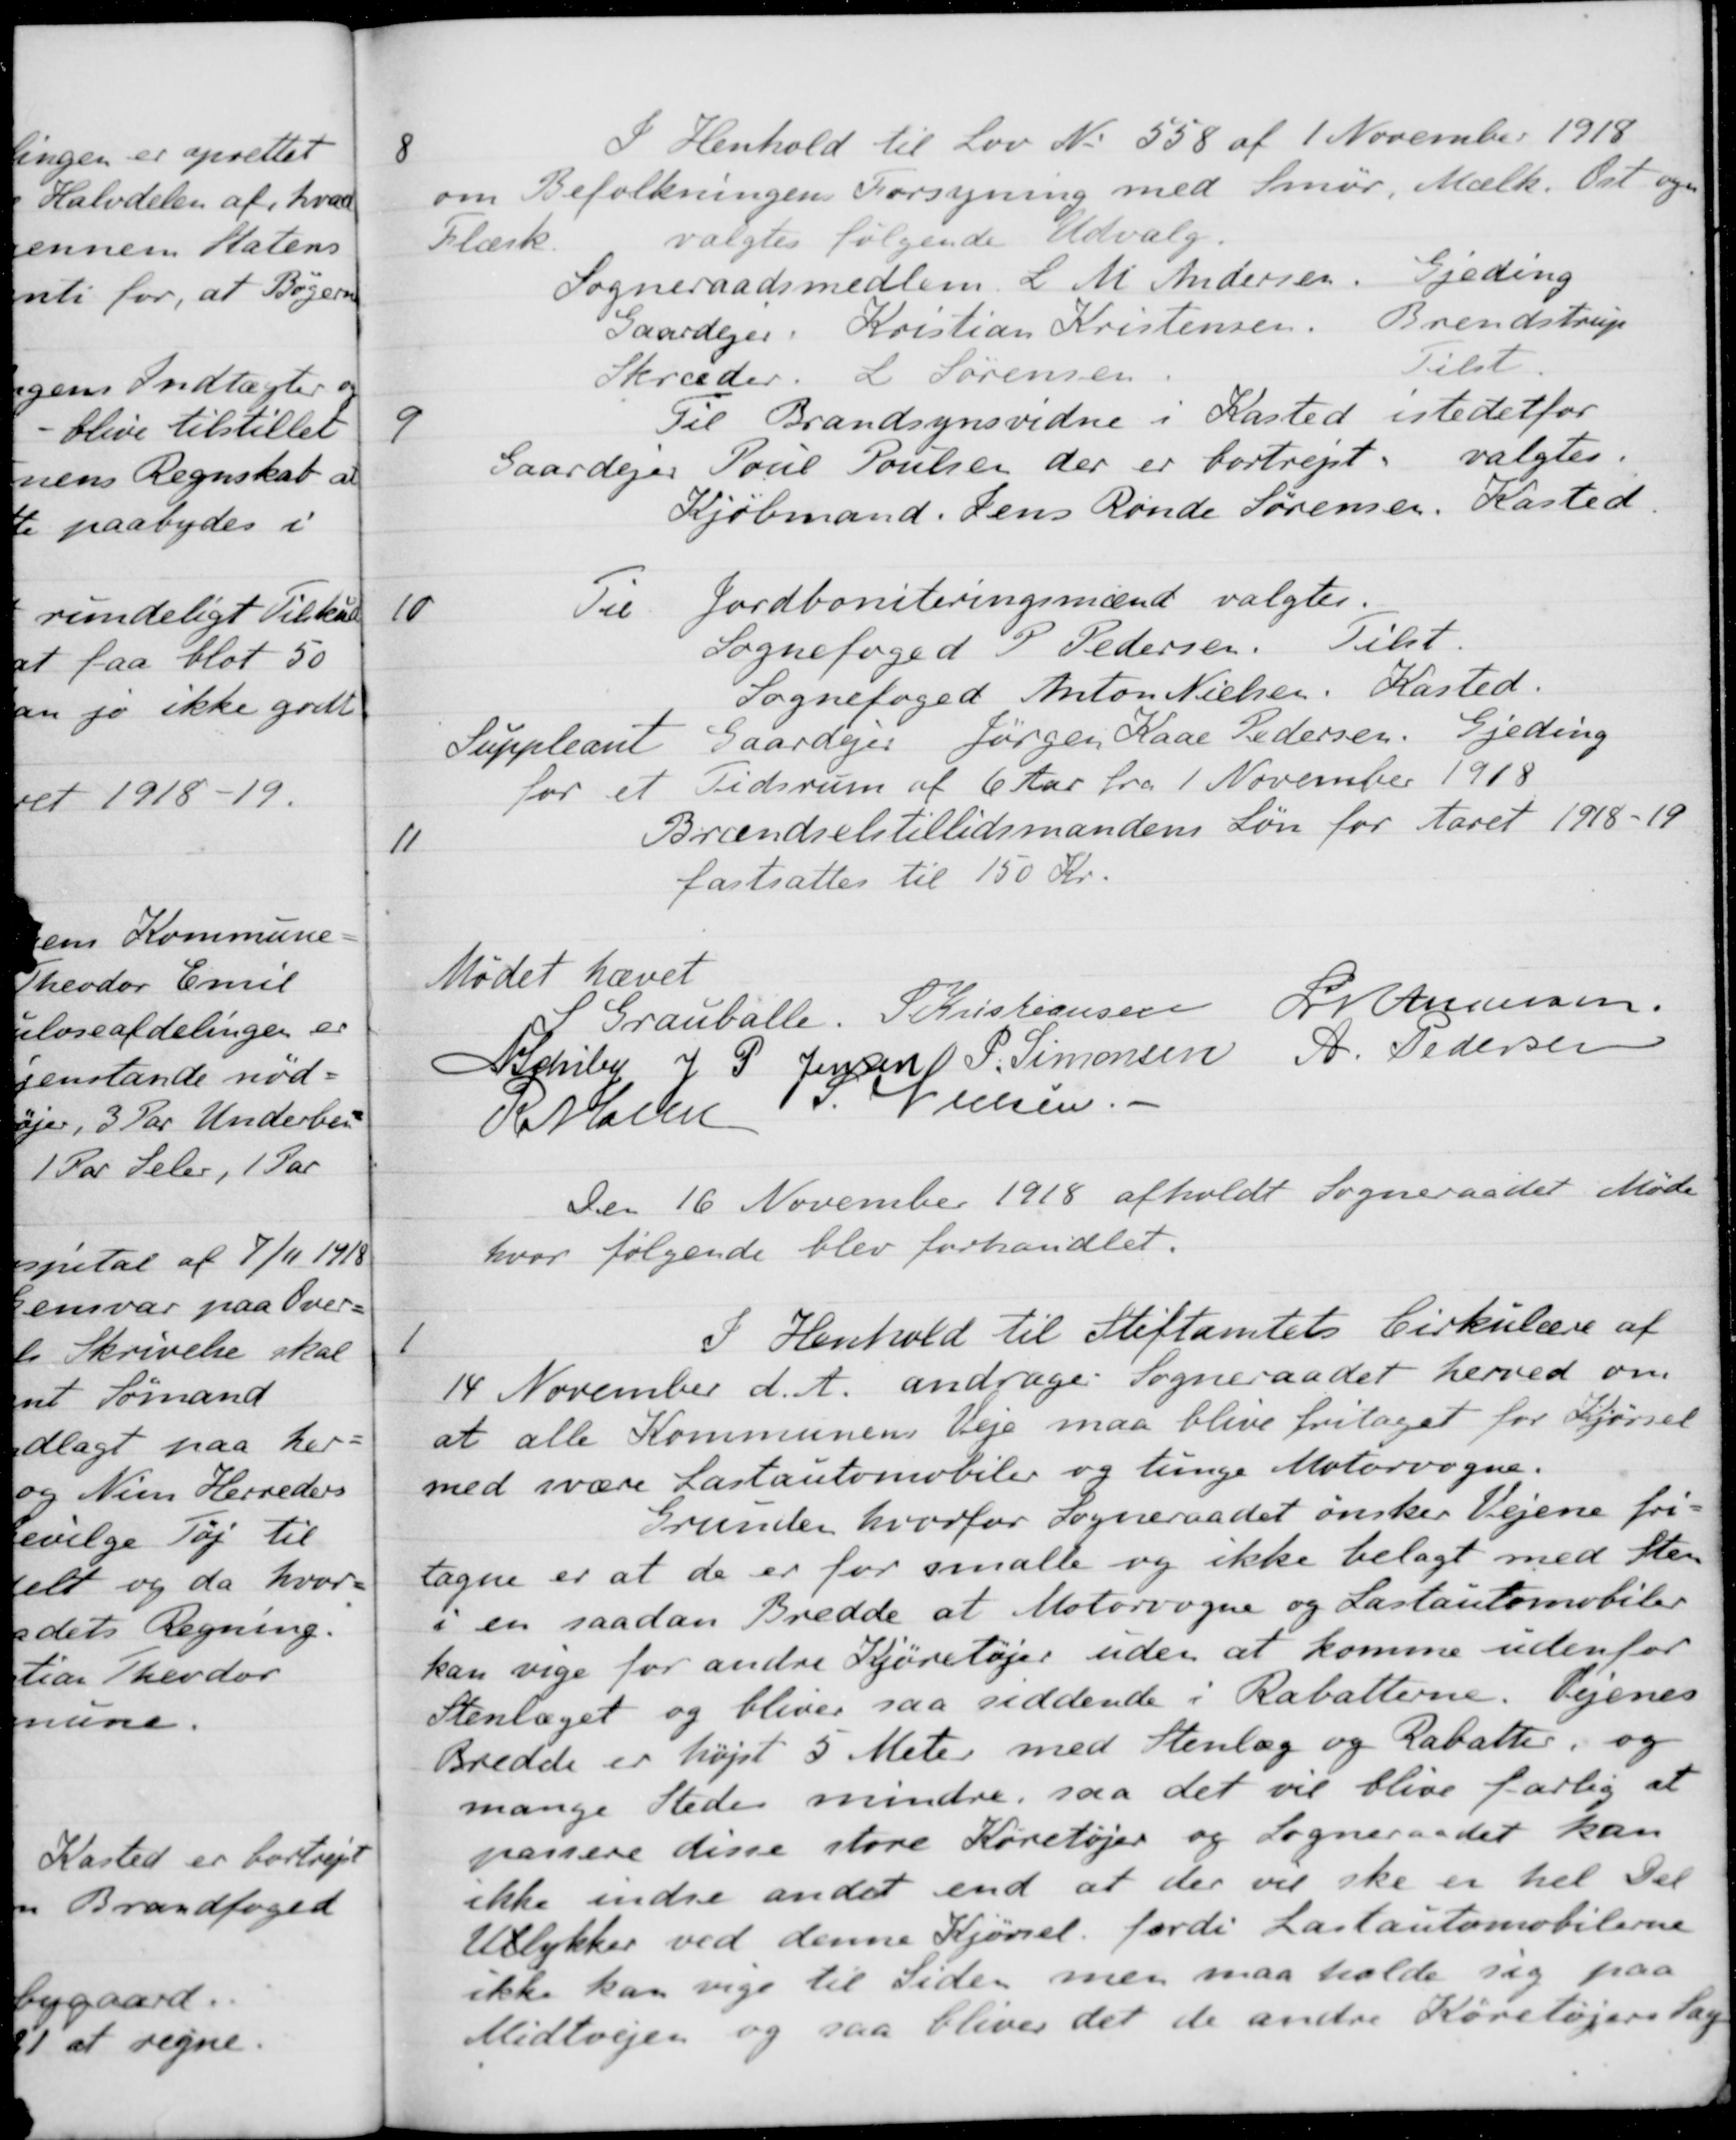
Transskription:
8
I Henhold til Lov No 558 af 1 November 1918
om Befolkningens Forsyning med Smør, Mælk. Ost og
Flæsk. valgtes følgende Udvalg.
Sogneraadsmedlem. L. M. Andersen
Gjeding
Gaardejer Kristian Kristensen
Brendstrup
Skræder L. Sørensen
Tilst
9
Til Brandsynsvidne i Kasted istedetfor
Gaardejer Poul Poulsen der er bortrejst
valgtes
Kjøbmand. Jens Rønde Sørensen, Kasted
10
Til Jordboniteringsmænd valgtes.
Sognefoged P. Pedersen
Tilst.
Sognefoged Anton Nielsen
Kasted.
Suppleant Gaardejer Jørgen Kaae Pedersen
Gjeding
for et Tidsrum af 6 Aar fra 1 November 1918
11
Brændselstillidsmandens Løn for Aaret 1918-19
fastsattes til 150 Kr.
Mødet hævet
S Grauballe.
 S. Kristiansen
L M Andersen
N Schiby
J. P. Jensen
P. Simonsen
A. Pedersen
R Møller
S. Nielsen.
Den 16 November 1918 afholdt Sogneraadet Møde
hvor følgende blev forhandlet.
1
I Henhold til Stiftamtets Cirkulære af
14 November d. A. andrager Sogneraadet herved om
at alle Kommunens Veje maa blive fritaget for Kjørsel
med svære Lastautomobiler og tunge Motorvogne.
Grunden hvorfor Sogneraadet ønsker Vejene fri-
tagne er at de er for smalle og ikke belagt med Sten
i en saadan Bredde at Motorvogne og Lastautomobiler
kan vige for andre Kjøretøjer uden at komme udenfor
Stenlæget og bliver saa siddende i Rabatterne. Vejenes
Bredde er højst 5 Meter med Stenlæg og Rabatter, og
mange Steder mindre, saa det vil blive farlig at
passere disse store Køretøjer og Sogneraadet kan
ikke indse andet end at der vil ske er hel Del
Ullykker ved denne Kjørsel fordi Lastautomobilerne
ikke kan vige til Side men maa holde sig paa
Midtvejen og saa bliver det de andre Køretøjers Sag